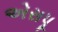
એસપૂ